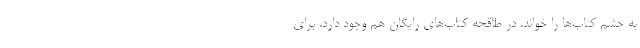
به چشم کتاب‌ها را خواند. در طاقچه کتاب‌های رایگان هم وجود دارد. برای